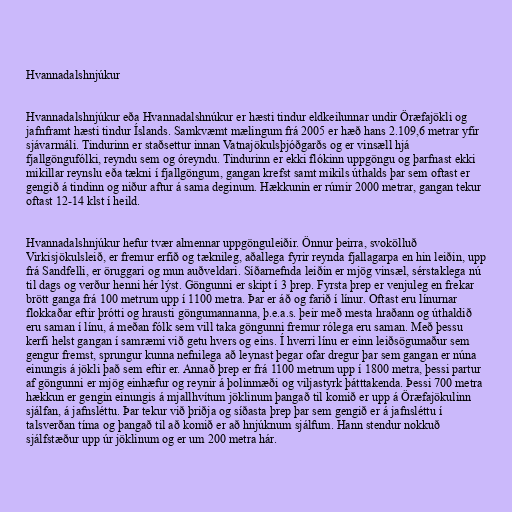
Hvannadalshnjúkur

Hvannadalshnjúkur eða Hvannadalshnúkur er hæsti tindur eldkeilunnar undir Öræfajökli og
jafnframt hæsti tindur Íslands. Samkvæmt mælingum frá 2005 er hæð hans 2.109,6 metrar yfir
sjávarmáli. Tindurinn er staðsettur innan Vatnajökulsþjóðgarðs og er vinsæll hjá
fjallgöngufólki, reyndu sem og óreyndu. Tindurinn er ekki flókinn uppgöngu og þarfnast ekki
mikillar reynslu eða tækni í fjallgöngum, gangan krefst samt mikils úthalds þar sem oftast er
gengið á tindinn og niður aftur á sama deginum. Hækkunin er rúmir 2000 metrar, gangan tekur
oftast 12-14 klst í heild.

Hvannadalshnjúkur hefur tvær almennar uppgönguleiðir. Önnur þeirra, svokölluð
Virkisjökulsleið, er fremur erfið og tæknileg, aðallega fyrir reynda fjallagarpa en hin leiðin, upp
frá Sandfelli, er öruggari og mun auðveldari. Síðarnefnda leiðin er mjög vinsæl, sérstaklega nú
til dags og verður henni hér lýst. Göngunni er skipt í 3 þrep. Fyrsta þrep er venjuleg en frekar
brött ganga frá 100 metrum upp í 1100 metra. Þar er áð og farið í línur. Oftast eru línurnar
flokkaðar eftir þrótti og hrausti göngumannanna, þ.e.a.s. þeir með mesta hraðann og úthaldið
eru saman í línu, á meðan fólk sem vill taka göngunni fremur rólega eru saman. Með þessu
kerfi helst gangan í samræmi við getu hvers og eins. Í hverri línu er einn leiðsögumaður sem
gengur fremst, sprungur kunna nefnilega að leynast þegar ofar dregur þar sem gangan er núna
einungis á jökli það sem eftir er. Annað þrep er frá 1100 metrum upp í 1800 metra, þessi partur
af göngunni er mjög einhæfur og reynir á þolinmæði og viljastyrk þátttakenda. Þessi 700 metra
hækkun er gengin einungis á mjallhvítum jöklinum þangað til komið er upp á Öræfajökulinn
sjálfan, á jafnsléttu. Þar tekur við þriðja og síðasta þrep þar sem gengið er á jafnsléttu í
talsverðan tíma og þangað til að komið er að hnjúknum sjálfum. Hann stendur nokkuð
sjálfstæður upp úr jöklinum og er um 200 metra hár.